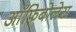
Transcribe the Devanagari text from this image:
आँफिबोलेस